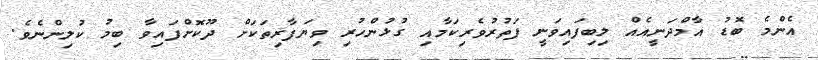
އެންމެ ބޮޑު އާމްދަނީއެއް ލިބިފައިވަނީ ފަތުރުވެރިކަމާއި ގުޅުންހުރި ވިޔަފާރިތަކަށް ދޫކޮށްފައިވާ ބިމު ކުލިންނެވެ.